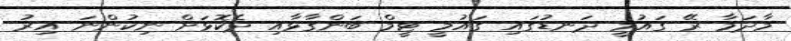
މާދަމާ ރޭ ގައުމީ ދަނޑުގައި ގައުމީ ޓީމް ބަންގާޅާއި ދެކޮޅަށް ނިކުންނަ އިރު